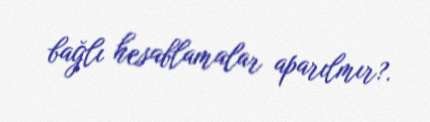
bağlı hesablamalar aparılmır?.